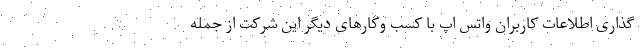
گذاری اطلاعات کاربران واتس اپ با کسب وکارهای دیگر این شرکت از جمله